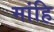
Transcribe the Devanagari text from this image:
मांहि